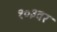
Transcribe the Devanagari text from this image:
१०३वर